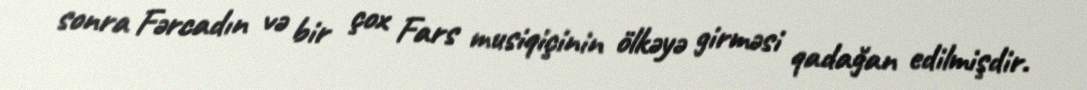
sonra Fərcadın və bir çox Fars musiqiçinin ölkəyə girməsi qadağan edilmişdir.